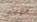
فاراداي